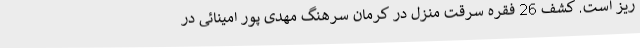
ریز است. کشف 26 فقره سرقت منزل در کرمان سرهنگ مهدی پور امینائی در